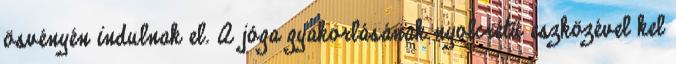
ösvényén indulnak el. A jóga gyakorlásának nyolcrétű eszközével kel